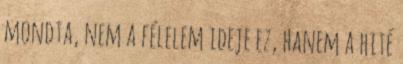
mondta, nem a félelem ideje ez, hanem a hité